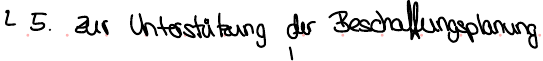
5. zur Unterstützung der Beschaffungsplanung